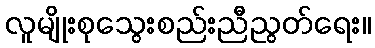
လူမျိုးစုသွေးစည်းညီညွတ်ရေး။